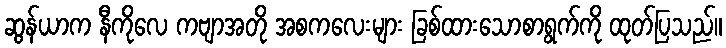
ဆွန်ယာက နီကိုလေ ကဗျာအတို အစကလေးများ ခြစ်ထားသောစာရွက်ကို ထုတ်ပြသည်။